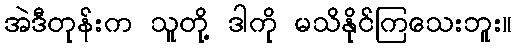
အဲဒီတုန်းက သူတို့ ဒါကို မသိနိုင်ကြသေးဘူး။